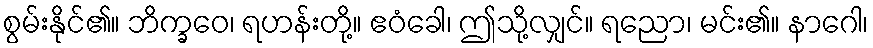
စွမ်းနိုင်၏။ ဘိက္ခဝေ၊ ရဟန်းတို့။ ဧဝံခေါ၊ ဤသို့လျှင်။ ရညော၊ မင်း၏။ နာဂေါ၊